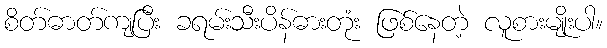
စိတ်ဓာတ်ကျပြီး ခရမ်းသီးပိန်ဓားတုံး ဖြစ်နေတဲ့ လူစားမျိုးပါ။